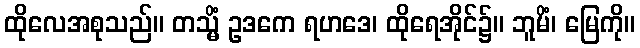
ထိုလေအစုသည်။ တသ္မိံ ဥဒကေ ရဟဒေ၊ ထိုရေအိုင်၌။ ဘူမိံ၊ မြေကို။